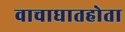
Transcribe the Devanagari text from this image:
वाचाघातहोता